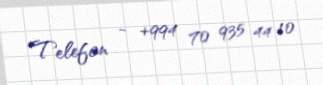
Telefon - +994 70 935 44 10